65_HS1-834228961_62-HQ-83894_Section_6
Agency: FBI
Page 155
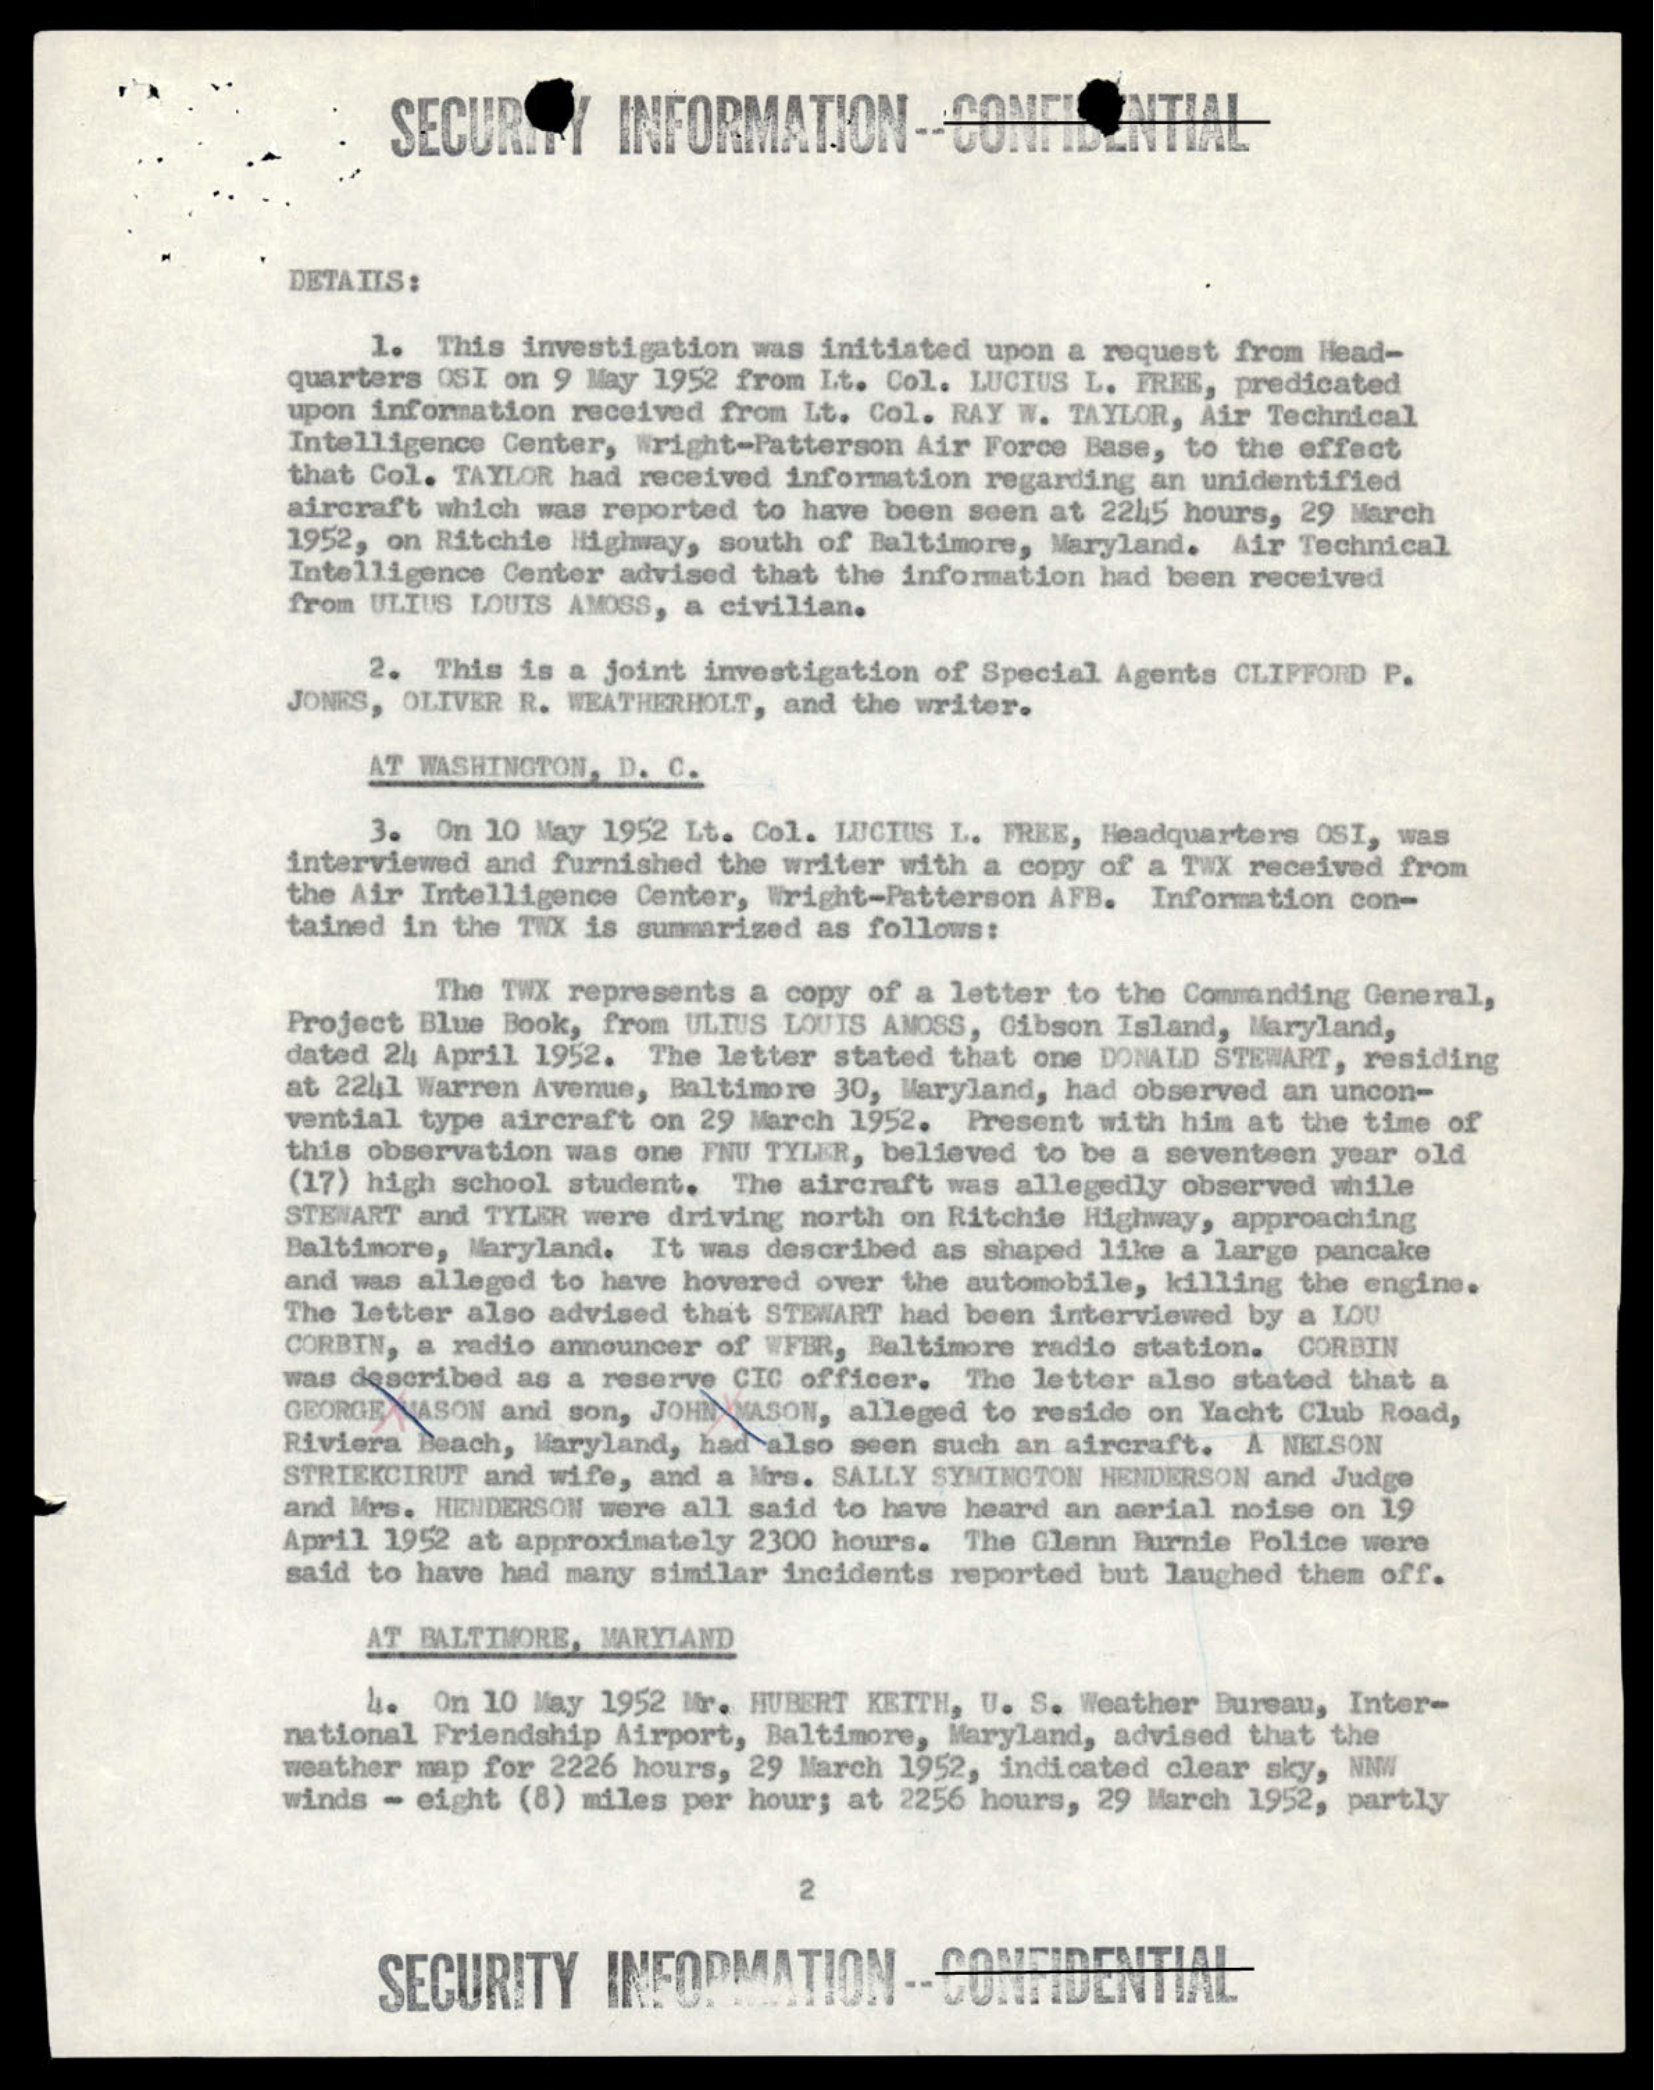